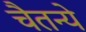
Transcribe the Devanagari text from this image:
चैतन्ये